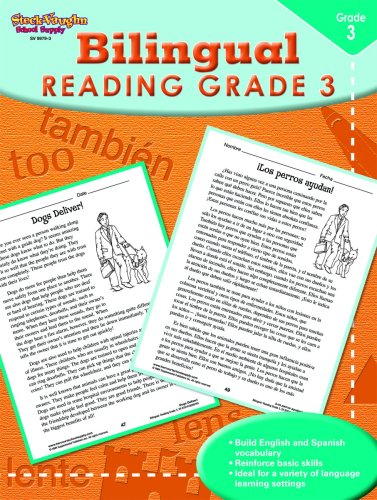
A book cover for Steck-Vaughn Bilingual: Reproducible Reading Third Grade; STECK-VAUGHN; Children's Books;